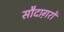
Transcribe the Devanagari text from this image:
सौदाग़रों